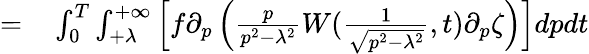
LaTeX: \begin{array}{rl}{=}&{{}\int_{0}^{T}\int_{+\lambda}^{+\infty}\left[f\partial_{p}\left(\frac{p}{p^{2}-\lambda^{2}}W(\frac{1}{\sqrt{p^{2}-\lambda^{2}}},t)\partial_{p}\zeta\right)\right]dpdt}\end{array}